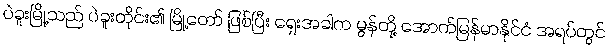
ပဲခူးမြို့သည် ပဲခူးတိုင်း၏ မြို့တော် ဖြစ်ပြီး ရှေးအခါက မွန်တို့ အောက်မြန်မာနိုင်ငံ အရပ်တွင်